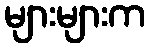
များများက